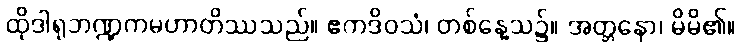
ထိုဒါရုဘဏ္ဍကမဟာတိဿသည်။ ဧကဒိဝသံ၊ တစ်နေ့သ၌။ အတ္တနော၊ မိမိ၏။